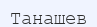
Танашев